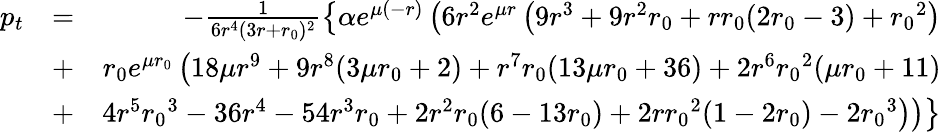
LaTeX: \begin{array}{rlr}{p_{t}}&{=}&{-\frac{1}{6r^{4}(3r+{r_{0}})^{2}}\left\lbrace\alpha e^{\mu(-r)}\left(6r^{2}e^{\mu r}\left(9r^{3}+9r^{2}{r_{0}}+r{r_{0}}(2{r_{0}}-3)+{r_{0}}^{2}\right)\right.\right.}\\ &{+}&{\left.\left.{r_{0}}e^{\mu{r_{0}}}\left(18\mu r^{9}+9r^{8}(3\mu{r_{0}}+2)+r^{7}{r_{0}}(13\mu{r_{0}}+36)+2r^{6}{r_{0}}^{2}(\mu{r_{0}}+11)\right.\right.\right.}\\ &{+}&{\left.\left.\left.4r^{5}{r_{0}}^{3}-36r^{4}-54r^{3}{r_{0}}+2r^{2}{r_{0}}(6-13{r_{0}})+2r{r_{0}}^{2}(1-2{r_{0}})-2{r_{0}}^{3}\right)\right)\right\rbrace}\end{array}